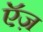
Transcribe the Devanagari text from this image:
ऍज़